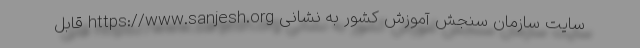
سایت سازمان سنجش آموزش کشور به نشانی https://www.sanjesh.org قابل